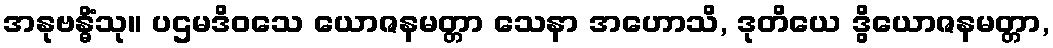
အနုဗန္ဓိံသု။ ပဌမဒိဝသေ ယောဇနမတ္တာ သေနာ အဟောသိ, ဒုတိယေ ဒွိယောဇနမတ္တာ,